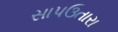
સાપઉતારા